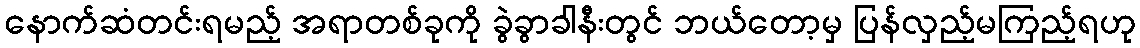
နောက်ဆံတင်းရမည့် အရာတစ်ခုကို ခွဲခွာခါနီးတွင် ဘယ်တော့မှ ပြန်လှည့်မကြည့်ရဟု